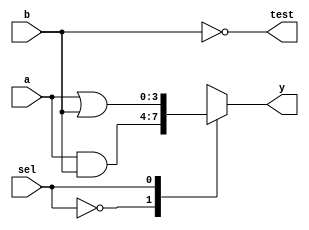
module AdjacencyGroup (
    input wire [3:0] a,      // 4-bit input A
    input wire [3:0] b,      // 4-bit input B
    input wire sel,          // Select signal for logic operation
    output wire [3:0] y,     // 4-bit output Y
    output wire [3:0] test   // Test output for debugging
);

    // Internal signals for logic operations
    wire [3:0] and_out;
    wire [3:0] or_out;
    wire [3:0] xor_out;
    wire [3:0] not_a;
    wire [3:0] not_b;

    // Logic Operations
    assign and_out = a & b;       // AND operation
    assign or_out = a | b;        // OR operation
    assign xor_out = a ^ b;       // XOR operation
    assign not_a = ~a;            // NOT operation on A
    assign not_b = ~b;            // NOT operation on B

    // Output Selection based on the select signal
    always @(*) begin
        case(sel)
            1'b0: y = and_out;    // If sel is 0, output AND
            1'b1: y = or_out;     // If sel is 1, output OR
            2'b10: y = xor_out;    // Additional logic can be added
            2'b11: y = not_a;      // Another operation
            default: y = 4'b0000;  // Default case
        endcase
    end

    // Test output (for debugging)
    assign test = {not_a, not_b};  // Output both NOT results for testing

endmodule